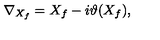
\nabla _ { X _ { f } } = X _ { f } - i \vartheta ( X _ { f } ) ,